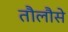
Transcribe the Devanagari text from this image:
तौलौसे